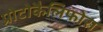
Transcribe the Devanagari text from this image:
प्रोटोकैलिफोरा